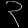
Digit: ၃